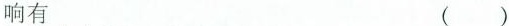
响有 ()